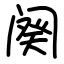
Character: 阕